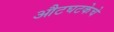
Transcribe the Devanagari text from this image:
औटघटकेचे